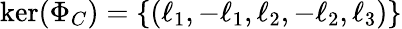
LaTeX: \mathrm{ker}(\Phi_{C})=\left\{ \left(\ell_{1},-\ell_{1},\ell_{2},-\ell_{2},\ell_{3}\right)\right\}